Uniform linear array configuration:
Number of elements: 24
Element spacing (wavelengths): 0.25
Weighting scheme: binomial
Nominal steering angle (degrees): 15
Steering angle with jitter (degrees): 13.211
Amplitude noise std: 0.05
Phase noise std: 0.05

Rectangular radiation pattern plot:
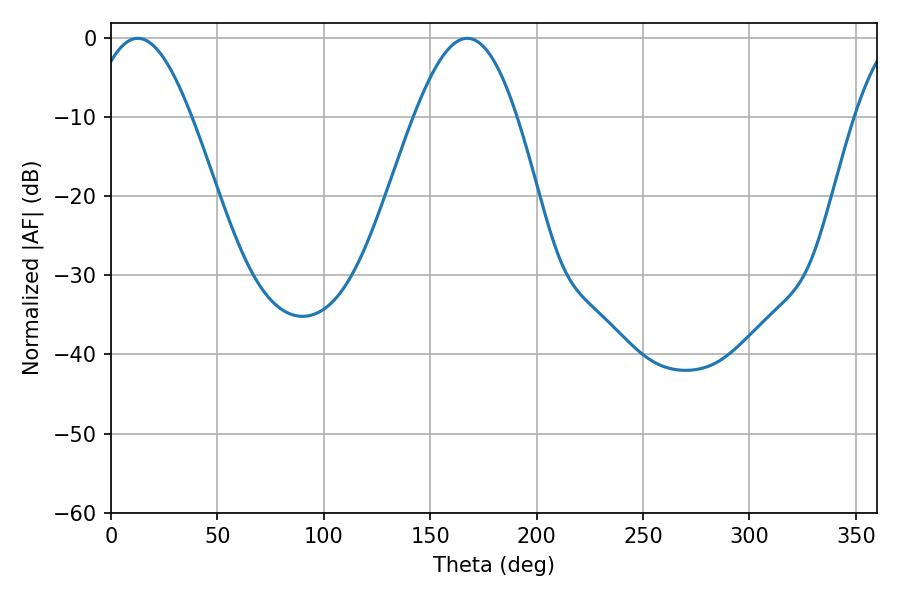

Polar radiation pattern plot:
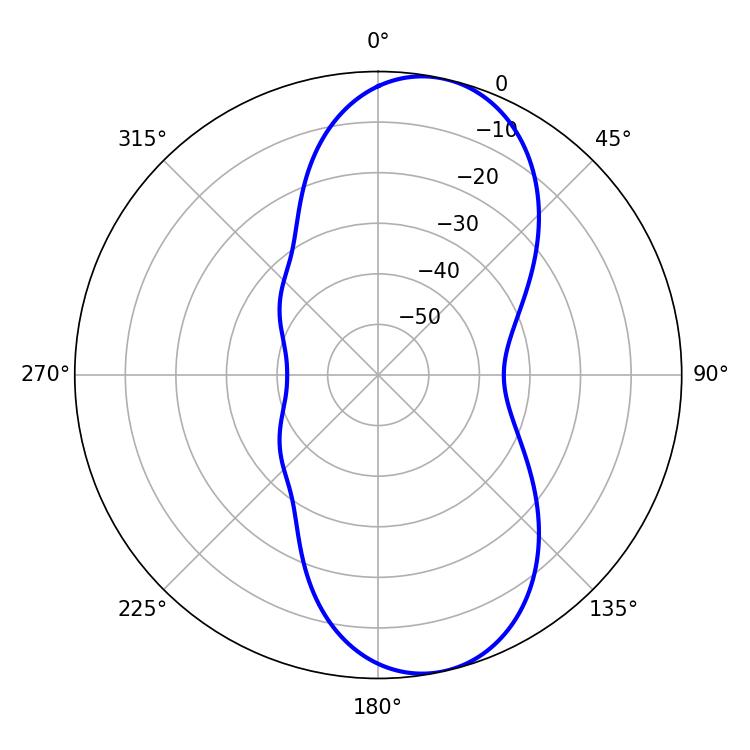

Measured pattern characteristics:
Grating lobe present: FALSE
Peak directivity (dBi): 9.542
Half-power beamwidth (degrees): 26.1
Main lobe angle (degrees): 167.4